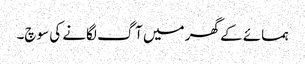
ہمسائے کے گھر میں آگ لگانے کی سوچ۔